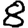
Digit: 8